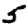
Digit: 5